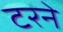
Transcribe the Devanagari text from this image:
टरने